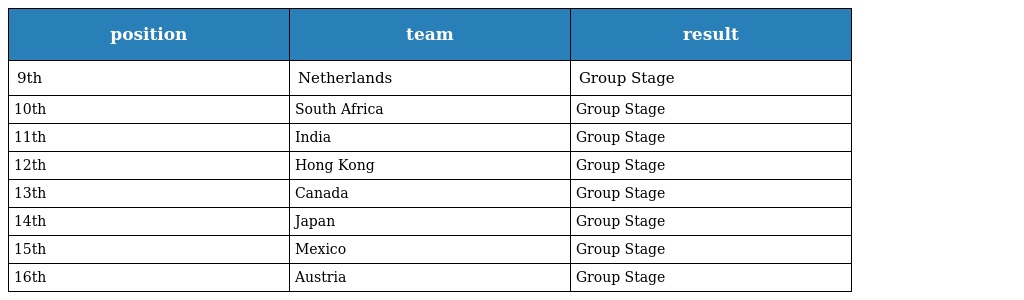
| position | team | result |
 | --- | --- | --- |
 | 9th | Netherlands | Group Stage |
 | 10th | South Africa | Group Stage |
 | 11th | India | Group Stage |
 | 12th | Hong Kong | Group Stage |
 | 13th | Canada | Group Stage |
 | 14th | Japan | Group Stage |
 | 15th | Mexico | Group Stage |
 | 16th | Austria | Group Stage |